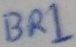
Text: BR1